Civil Veterinary Department Bihar & Orissa reports 1929-36 - 1929-1936
Year: 1929
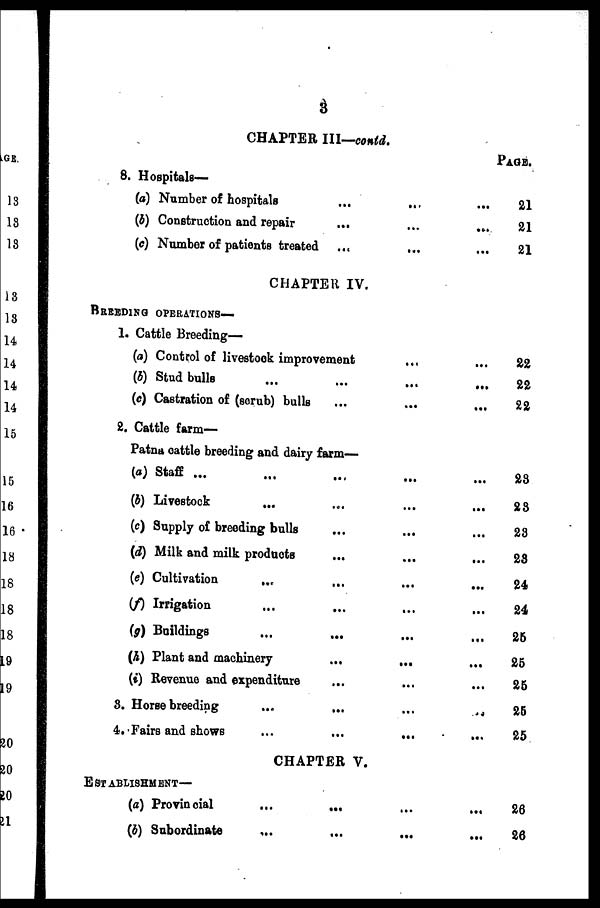
3
CHAPTER III—conld.
8. Hospitals—
(a) Number of hospitals
...
...
...
(b) Construction and repair
...
...
...
(c) Number of patients treated ...
... ...
CHAPTER IV.
BREEDING OPERATIONS—
1. Cattle Breeding—
(a) Control of livestook improvement ... ...
(6) Stud bulls ... ... ... ...
(c) Castration of (scrub) bulls ... ... ... ...
2. Cattle farm—
Patna cattle breeding and dairy farm—
(a) Staff ...
...
...
... ...
(b) Livestook
... ... ... ...
(c) Supply of breeding bulls ... ... ...
(d) Milk and milk products
...
...
...
(e) Cultivation ... ... ... ...
(f) Irrigation ... ... ... ...
(g) Buildings ... ... ... ...
(A) Plant and machinery
...
...
(i) Revenue and expenditure ... ... ...
3. Horse breeding
...
...
...
...
4. Fairs and shows
...
...
...
CHAPTER V.
ESTABLISHMENT—
(a) Provincial
...
...
...
...
(b) Subordinate
...
...
...
...
PAGE.
21
21
21
22
22
22
23
23
23
23
24
24
25
25
25
25
25
26
26